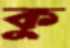
কু